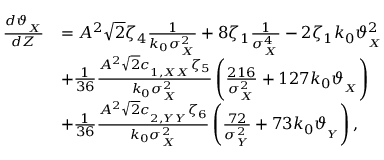
\begin{array} { r l } { \frac { d \vartheta _ { _ { X } } } { d Z } } & { = A ^ { 2 } \sqrt { 2 } \zeta _ { 4 } \frac { 1 } { k _ { 0 } \sigma _ { _ X } ^ { 2 } } + 8 \zeta _ { 1 } \frac { 1 } { \sigma _ { _ X } ^ { 4 } } - 2 \zeta _ { 1 } k _ { 0 } \vartheta _ { _ { X } } ^ { 2 } } \\ & { + \frac { 1 } { 3 6 } \frac { A ^ { 2 } \sqrt { 2 } c _ { _ { 1 , X X } } \zeta _ { 5 } } { k _ { 0 } \sigma _ { _ X } ^ { 2 } } \left( \frac { 2 1 6 } { \sigma _ { _ X } ^ { 2 } } + 1 2 7 k _ { 0 } \vartheta _ { _ { X } } \right) } \\ & { + \frac { 1 } { 3 6 } \frac { A ^ { 2 } \sqrt { 2 } c _ { _ { 2 , Y Y } } \zeta _ { 6 } } { k _ { 0 } \sigma _ { _ X } ^ { 2 } } \left( \frac { 7 2 } { \sigma _ { _ Y } ^ { 2 } } + 7 3 k _ { 0 } \vartheta _ { _ { Y } } \right) , } \end{array}